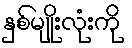
နှစ်မျိုးလုံးကို